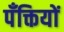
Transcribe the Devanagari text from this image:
पँक्तियों